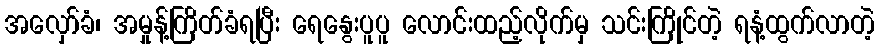
အလှော်ခံ၊ အမှုန့်ကြိတ်ခံရပြီး ရေနွေးပူပူ လောင်းထည့်လိုက်မှ သင်းကြိုင်တဲ့ ရနံ့ထွက်လာတဲ့